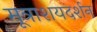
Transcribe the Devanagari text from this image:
मूत्राशयदर्शन